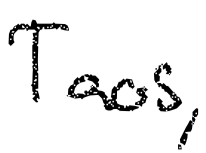
Text: Taos,
Cross-out: clean
Writing tool: digital_black